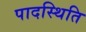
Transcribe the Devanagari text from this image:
पादस्थिति